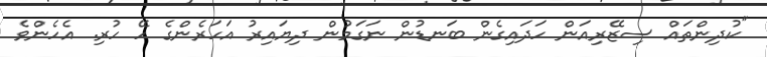
"ކުދިންތައް ސިޒޭރިއަން ހަދައިގެން ބަނޑުން ނަގަމުން ދިޔައިރު އަހަރެންގެ ހޭ ހުރި. އެހެންވެ